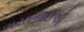
ભરતભાઈએ